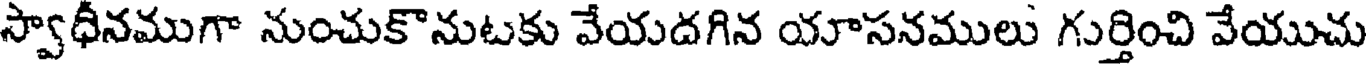
స్వాధీనముగా నుంచుకొనుటకు వేయదగిన యాసనములు గుర్తించి వేయుచు